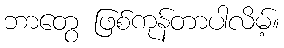
ဘာတွေ ဖြစ်ကုန်တာပါလိမ့်။